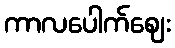
ကာလပေါက်ဈေး